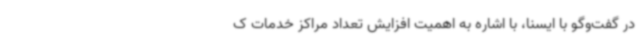
در گفت‌وگو با ایسنا، با اشاره به اهمیت افزایش تعداد مراکز خدمات ک